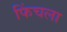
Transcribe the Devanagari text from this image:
फिंचला